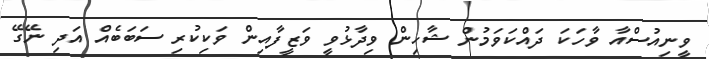
ވީނިއުސްއާ ވާހަކަ ދައްކަވަމުން ޝާހިން ވިދާޅުވީ ވަޒީފާއިން ވަކިކުރި ސަބަބެއް އަދި ނޭގޭ